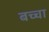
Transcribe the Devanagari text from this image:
बच्‍चा